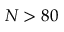
N > 8 0